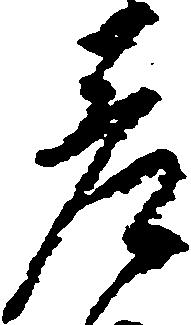
差